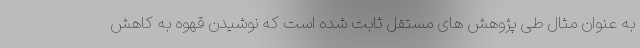
به عنوان مثال طی پژوهش های مستقل ثابت شده است که نوشیدن قهوه به کاهش